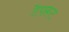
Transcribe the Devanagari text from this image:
टैपरूट